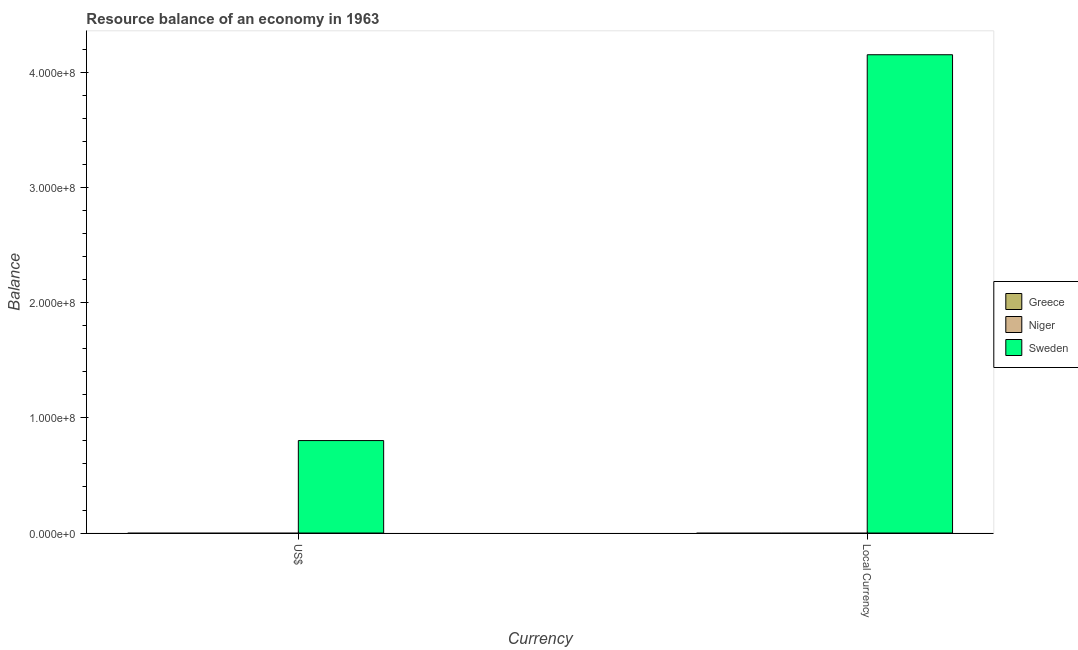
| Currency | Greece | Niger | Sweden |
 | --- | --- | --- | --- |
 | US$ | -4.78e+08 | -5.93e+06 | 8.03e+07 |
 | Local Currency | -4.21e+07 | -1.45e+09 | 4.16e+08 |